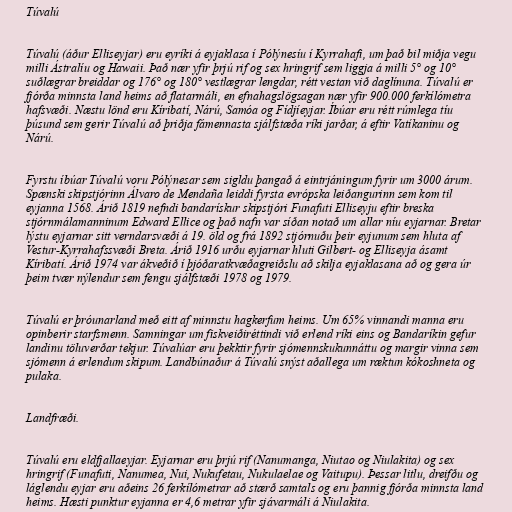
Túvalú

Túvalú (áður Elliseyjar) eru eyríki á eyjaklasa í Pólýnesíu í Kyrrahafi, um það bil miðja vegu
milli Ástralíu og Hawaii. Það nær yfir þrjú rif og sex hringrif sem liggja á milli 5° og 10°
suðlægrar breiddar og 176° og 180° vestlægrar lengdar, rétt vestan við daglínuna. Túvalú er
fjórða minnsta land heims að flatarmáli, en efnahagslögsagan nær yfir 900.000 ferkílómetra
hafsvæði. Næstu lönd eru Kíribatí, Nárú, Samóa og Fídjíeyjar. Íbúar eru rétt rúmlega tíu
þúsund sem gerir Túvalú að þriðja fámennasta sjálfstæða ríki jarðar, á eftir Vatíkaninu og
Nárú.

Fyrstu íbúar Túvalú voru Pólýnesar sem sigldu þangað á eintrjáningum fyrir um 3000 árum.
Spænski skipstjórinn Álvaro de Mendaña leiddi fyrsta evrópska leiðangurinn sem kom til
eyjanna 1568. Árið 1819 nefndi bandarískur skipstjóri Funafuti Elliseyju eftir breska
stjórnmálamanninum Edward Ellice og það nafn var síðan notað um allar níu eyjarnar. Bretar
lýstu eyjarnar sitt verndarsvæði á 19. öld og frá 1892 stjórnuðu þeir eyjunum sem hluta af
Vestur-Kyrrahafssvæði Breta. Árið 1916 urðu eyjarnar hluti Gilbert- og Elliseyja ásamt
Kíribatí. Árið 1974 var ákveðið í þjóðaratkvæðagreiðslu að skilja eyjaklasana að og gera úr
þeim tvær nýlendur sem fengu sjálfstæði 1978 og 1979.

Túvalú er þróunarland með eitt af minnstu hagkerfum heims. Um 65% vinnandi manna eru
opinberir starfsmenn. Samningar um fiskveiðiréttindi við erlend ríki eins og Bandaríkin gefur
landinu töluverðar tekjur. Túvalúar eru þekktir fyrir sjómennskukunnáttu og margir vinna sem
sjómenn á erlendum skipum. Landbúnaður á Túvalú snýst aðallega um ræktun kókoshneta og
pulaka.

Landfræði.

Túvalú eru eldfjallaeyjar. Eyjarnar eru þrjú rif (Nanumanga, Niutao og Niulakita) og sex
hringrif (Funafuti, Nanumea, Nui, Nukufetau, Nukulaelae og Vaitupu). Þessar litlu, dreifðu og
láglendu eyjar eru aðeins 26 ferkílómetrar að stærð samtals og eru þannig fjórða minnsta land
heims. Hæsti punktur eyjanna er 4,6 metrar yfir sjávarmáli á Niulakita.